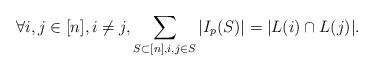
LaTeX: \begin{align*} \forall i,j\in [n], i\ne j, \sum_{S\subset [n], i,j \in S}|I_p(S)| =|L(i)\cap L(j)|.\end{align*}